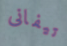
تيفانى